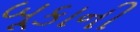
બૂકાની